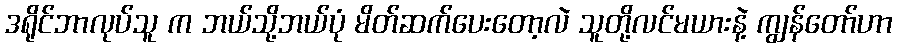
ဒရိုင်ဘာလုပ်သူ က ဘယ်သို့ဘယ်ပုံ မိတ်ဆက်ပေးတော့လဲ သူတို့လင်မယားနဲ့ ကျွန်တော်ဟာ